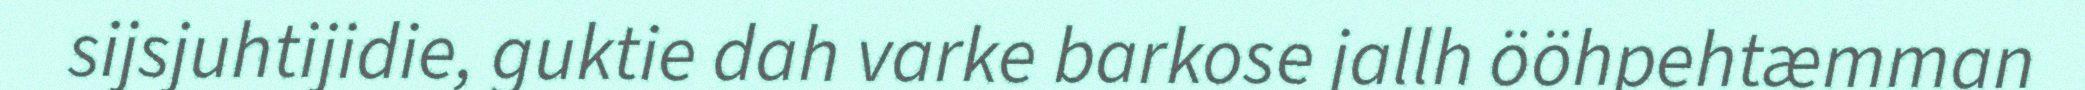
sijsjuhtijidie, guktie dah varke barkose jallh ööhpehtæmman